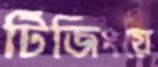
টিজিংয়ে